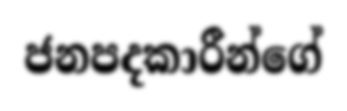
ජනපදකාරීන්ගේ